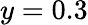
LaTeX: y=0.3